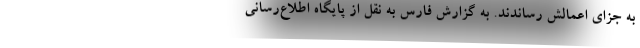
به جزای اعمالش رساندند. به گزارش فارس به نقل از پایگاه اطلاع‌رسانی